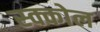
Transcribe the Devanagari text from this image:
स्क्कोल